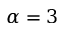
\alpha = 3